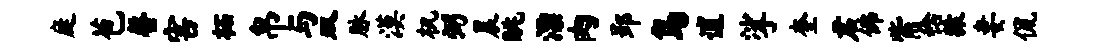
庭苞罄害柘帛与双脉漠机弼晨眺漂肉郢鸟逋挲奎君佛觜稔猿妻侃